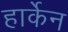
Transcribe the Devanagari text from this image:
हार्केन